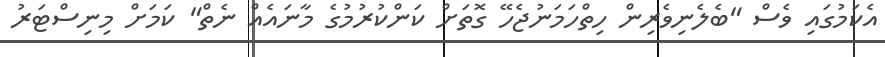
އެކަމުގައި ވެސް "ބެލެނިވެރިން ހިތްހަމަނުޖެހޭ ގޮތަށް ކަންކުރުމުގެ މާނައެއް ނެތް" ކަމަށް މިނިސްޓަރު